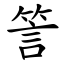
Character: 䇾